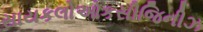
સાયકલોઓકસીજિનીઝ